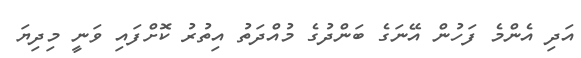
އަދި އެންމެ ފަހުން އޭނަގެ ބަންދުގެ މުއްދަތު އިތުރު ކޮށްފައި ވަނީ މިދިޔަ